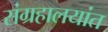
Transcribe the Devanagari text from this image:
संग्रहालयांत